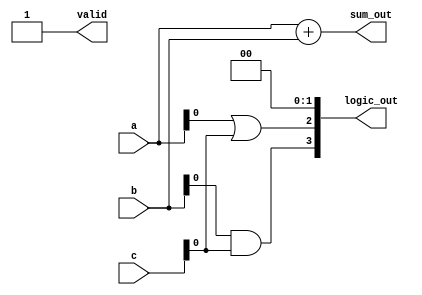
module overlapping_groups(
    input wire [3:0] a,         // Input A
    input wire [3:0] b,         // Input B
    input wire [3:0] c,         // Input C (overlapping input for Group 1 and Group 2)
    output wire [4:0] sum_out,   // Output of addition from Group 1
    output wire [3:0] logic_out, // Output of logic operation from Group 2
    output wire valid            // Valid signal for outputs
);

// Group 1 - Adder
wire [4:0] adder_result;
assign adder_result = a + b;

// Group 2 - Logic Operations (AND and OR)
wire and_out, or_out;
assign and_out = b & c; // AND operation (group 2 logic operation)
assign or_out = a | c;  // OR operation (group 2 logic operation)

// Output Assignment
assign sum_out = adder_result; // Output from Group 1
assign logic_out = {and_out, or_out, 1'b0, 1'b0}; // Pack logic outputs (4 bits)
assign valid = 1'b1; // Indicating outputs are valid

endmodule